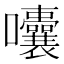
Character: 囔